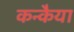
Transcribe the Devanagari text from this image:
कन्कैया